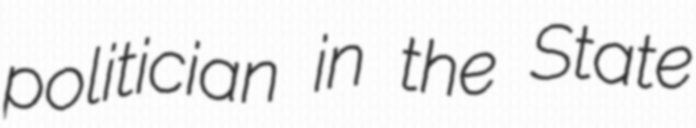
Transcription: politician in the State